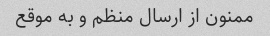
ممنون از ارسال منظم و به موقع